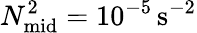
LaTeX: N_{\mathrm{mid}}^{2}=10^{-5}\, \mathrm{{s^{-2}}}